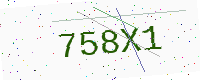
Text: 758X1